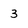
Character: 3